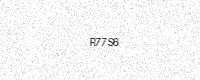
Text: R77S6